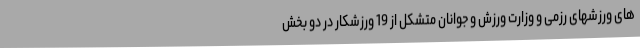
های ورزشهای رزمی و وزارت ورزش و جوانان متشکل از 19 ورزشکار در دو بخش